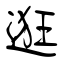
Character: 逛